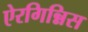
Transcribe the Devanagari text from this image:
ऐरगिन्निस